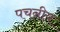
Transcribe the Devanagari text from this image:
पचनीय